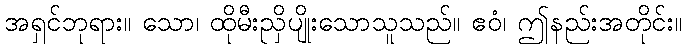
အရှင်ဘုရား။ သော၊ ထိုမီးညှိပျိုးသောသူသည်။ ဧဝံ၊ ဤနည်းအတိုင်း။